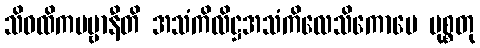
သိဝထိကပဗ္ဗာနီတိ အသံကိလိဋ္ဌအသံကိလေသိကောပေ မုစ္စတု